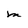
Character: M